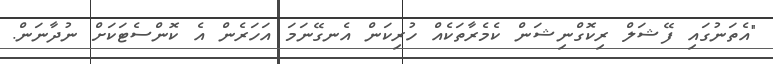
"އެތަނުގައި ފޭޝަލް ރިކޮގްނިޝަން ކެމެރާތަކެއް ހުރިކަން އެނގޭނަމަ އަހަރެން އެ ކޮންސެޓަކަށް ނުދާނަން.